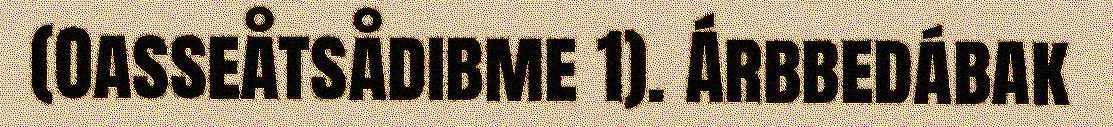
(Oasseåtsådibme 1). Árbbedábak